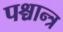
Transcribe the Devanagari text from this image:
पश्चान्त्र